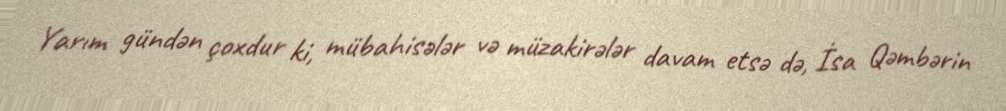
Yarım gündən çoxdur ki, mübahisələr və müzakirələr davam etsə də, İsa Qəmbərin